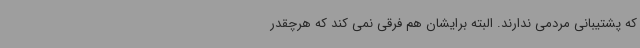
که پشتیبانی مردمی ندارند. البته برایشان هم فرقی نمی کند که هرچقدر